Vaccination in Bombay 1863-1868 - 1863-1868
Year: 1863
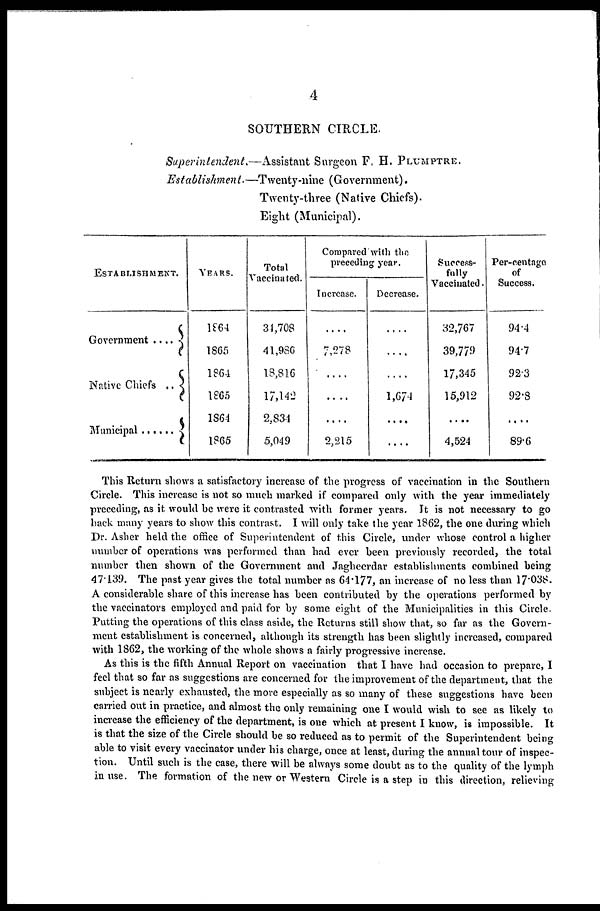
4
SOUTHERN CIRCLE.
Superintendent.—Assistant
Surgeon F. H. PLUMPTRE.
Establishment.—Twenty-nine
(Government).
Twenty-three (Native Chiefs).
Eight (Municipal).
ESTABLISHMENT.
Government ....
Native Chiefs ..
Municipal ......
YEARS.
1864
1865
1864
1865
1864
1865
Total
Vaccinated.
34,708
41,986
18,816
17,142
2,834
5,049
Compared with the
preceding year.
Increase.
....
7,278
....
....
....
2,215
Decrease.
....
....
....
1,674
....
....
Success-
fully
Vaccinated.
32,767
39,779
17,345
15,912
....
4,524
Per-centnge
of
Success.
94.4
94.7
92.3
92.8
....
89.6
This Return shows a satisfactory increase of the progress of vaccination in the Southern
Circle. This increase is not so much marked if compared only with the year immediately
preceding, as it would be were it contrasted with former years. It is not necessary to go
back many years to show this contrast. I will only take the year 1862, the one during which
Dr. Asher held the office of Superintendent of this Circle, under whose control a higher
number of operations was performed than had ever been previously recorded, the total
number then shown of the Government and Jaghecrdar establishments combined being
47.139. The past year gives the total number as 64.177, an increase of no less than 170.38.
A considerable share of this increase has been contributed by the operations performed by
the vaccinators employed and paid for by some eight of the Municipalities in this Circle
Putting the operations of this class aside, the Returns still show that, so far as the Govern-
ment establishment is concerned, although its strength has been slightly increased, compared
with 1862, the working of the whole shows a fairly progressive increase.
As this is the fifth Annual Report on vaccination that I have had occasion to prepare, I
feel that so far as suggestions are concerned for the improvement of the department, that the
subject is nearly exhausted, the more especially as so many of these suggestions have been
carried out in practice, and almost the only remaining one I would wish to see as likely to
increase the efficiency of the department, is one which at present I know, is impossible. It
is that the size of the Circle should be so reduced as to permit of the Superintendent being
able to visit every vaccinator under his charge, once at least, during the annual tour of inspec-
tion. Until such is the case, there will be always some doubt as to the quality of the lymph
in use. The formation of the new or Western Circle is a step in this direction, relieving